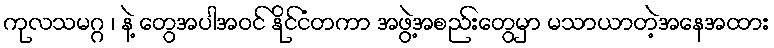
ကုလသမဂ္ဂ ၊ နဲ့ တွေအပါအဝင် နိုင်ငံတကာ အဖွဲ့အစည်းတွေမှာ မသာယာတဲ့အနေအထား